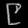
Digit: ၉